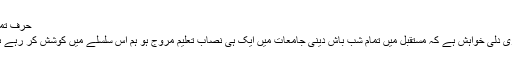
حرف تمنا :
میری دلی خواہش ہے کہ مستقبل میں تمام شب باش دینی جامعات میں ایک ہی نصاب تعلیم مروج ہو ہم اس سلسلے میں کوشش کر رہے ہیں۔